King Institute of Preventive Medicine Bacteriolog. Section reports 1907-08
Year: 1907
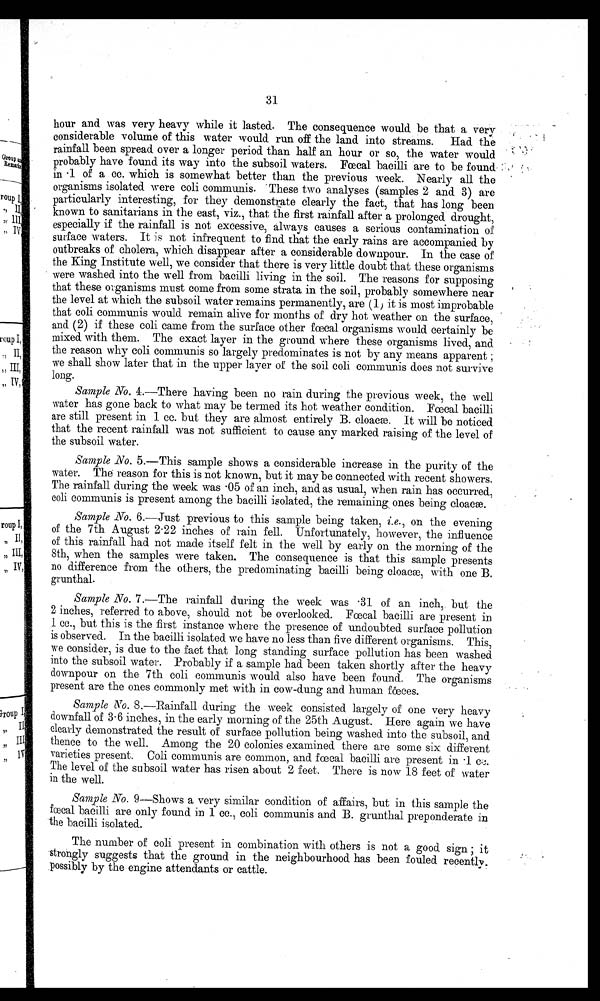
31
hour and was very heavy while it lasted.. The consequence would. be that a very
considerable volume of this water would run off the land into streams. Had the
rainfall been spread over a longer period than half an hour or so, the water would
probably have found its way into the subsoil waters. Fœcal bacilli are to be found
in .1 of a cc. which is somewhat better than the previous week. Nearly all the
organisms isolated were coli communis. These two analyses (samples 2 and 3) are
particularly interesting, for they demonstrate clearly the fact, that has long been
known to sanitarians in the east, viz., that the first rainfall after a prolonged drought,
especially if the rainfall is not excessive, always causes a serious contamination of
surface waters. It is not infrequent to find that the early rains are accompanied by
outbreaks of cholera, which disappear after a considerable downpour. In the case of
the King Institute well, we consider that there is very little doubt that these organisms
were washed into the well from bacilli living in the soil. The reasons for supposing
that these organisms must come from some strata in the soil, probably somewhere near
the level at which the subsoil water remains permanently, are (1 ) it is most improbable
.
that coli communis would remain alive for months of dry hot weather on the surface
and (2) if these coli came from the surface other fecal organisms would certainly be
mixed. with them. The exact layer in the ground where these organisms lived, and
the reason why coli communis so largely predominates is not by any means apparent ;
we shall show later that in the upper layer of the soil coli communis does not survive
long.
Sample No. 4.—There having been no rain during the previous week, the well
water has gone back to what may be termed its hot weather condition. Fcal bacilli.
are still present in 1 cc. but they are almost entirely B. cloace. It will be noticed
that the recent rainfall was not sufficient to cause any marked raising of the level of
the subsoil water.
Sample No. 5.—This sample shows a considerable increase in the purity of the
water. The reason for this is not known, but it may be connected with recent showers.
The rainfall during the week was . 05 of an. inch, and as usual, when rain has occurred
coli communis is present among the bacilli isolated, the remaining ones being cloacæ.
Sample No. 6.—Just previous to this sample being taken, i.e., on the evening
of the 7th August 2 . 22 inches of rain fell. Unfortunately, however, the influence
of this rainfall had not made itself felt in the well by early on the morning of the
8th, when the samples were taken. The consequence is that this sample presents
no difference from the others, the predominating bacilli being cloaca, with one B.
grunthal.
Sample No. 7.—The rainfall during the week was 31 of an inch,. but the
2 inches, referred to above, should not be overlooked. Fœcal bacilli are present in
1 cc., but this is the first instance where the presence of undoubted surface pollution
is observed. In the bacilli isolated we have no less than five different organisms. This,
we consider, is due to the fact that long standing surface pollution has been washed
into the subsoil water. Probably if a sample had been taken shortly after the heavy
downpour on the 7th coli communis would also have been found. The organisms
present are the ones commonly met with in cow-dung and human fœces
Sample No. 8.—Rainfall during the week consisted largely of one very heavy
downfall of 3 . 6 inches, in the early morning of the 25th August. Here again we have
clearly demonstrated the result of surface pollution being washed into th.e subsoil, and
thence to the well. Among the 20 colonies examined there are some six different
varieties present. Coli communis are common, and fecal bacilli are present in .1 cc.
The level of the subsoil water has risen about 2 feet. There i.s now 18 feet of water
in the well.
Sample No. 9—Shows a very similar condition of affairs, but in this sample the
faecal bacilli are only found in 1 cc., coli communis and B. grunthal preponderate in
the bacilli isolated.
The number of coli present in combination with others is not a good sign ; it
strongly suggests that the ground in the neighbourhood has been fouled recently.
possibly by the engine attendants or cattle.